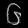
Digit: ၆